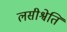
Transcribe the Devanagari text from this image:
लसीश्वेति